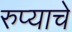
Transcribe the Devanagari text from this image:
रुप्याचे